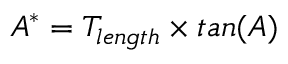
A ^ { * } = T _ { l e n g t h } \times t a n ( A )